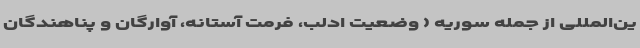
ین‌المللی از جمله سوریه ( وضعیت ادلب، فرمت آستانه، آوارگان و پناهندگان